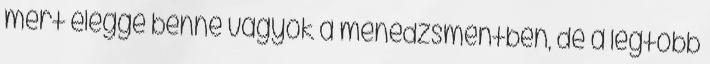
mert eléggé benne vagyok a menedzsmentben, de a legtöbb